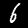
Digit: 6